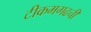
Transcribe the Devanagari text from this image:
टीकमगढची